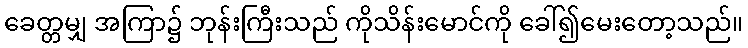
ခေတ္တမျှ အကြာ၌ ဘုန်းကြီးသည် ကိုသိန်းမောင်ကို ခေါ်၍မေးတော့သည်။